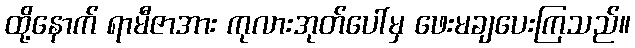
ထို့နောက် ရာမီဇာအား ကုလားအုတ်ပေါ်မှ ဖေးမချပေးကြသည်။